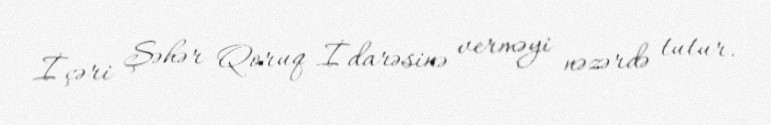
İçəri Şəhər Qoruq İdarəsinə verməyi nəzərdə tutur.